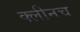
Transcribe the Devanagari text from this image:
क्लीनच